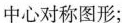
中心对称图形；